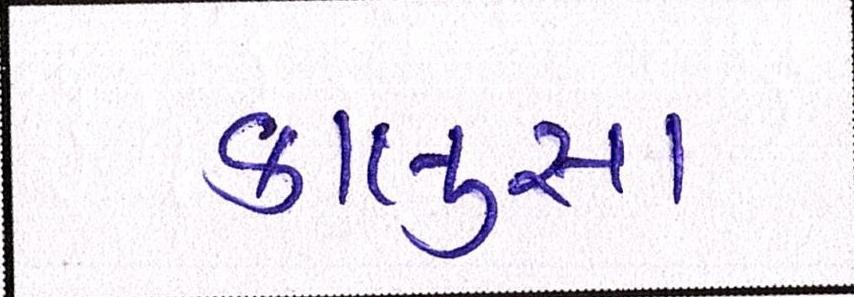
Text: કાલુસા